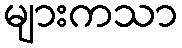
များကသာ